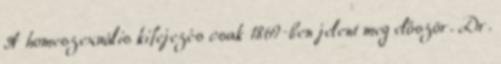
A homeszexuális kifejezés csak 1869-ben jelent meg először. Dr.